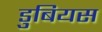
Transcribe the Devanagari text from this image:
डुबियस